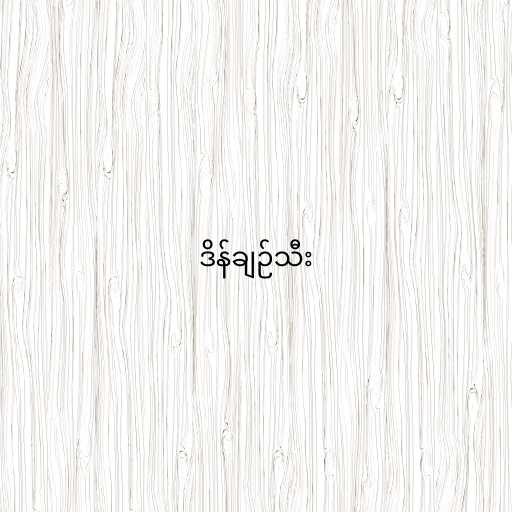
ဒိန်ချဉ်သီး